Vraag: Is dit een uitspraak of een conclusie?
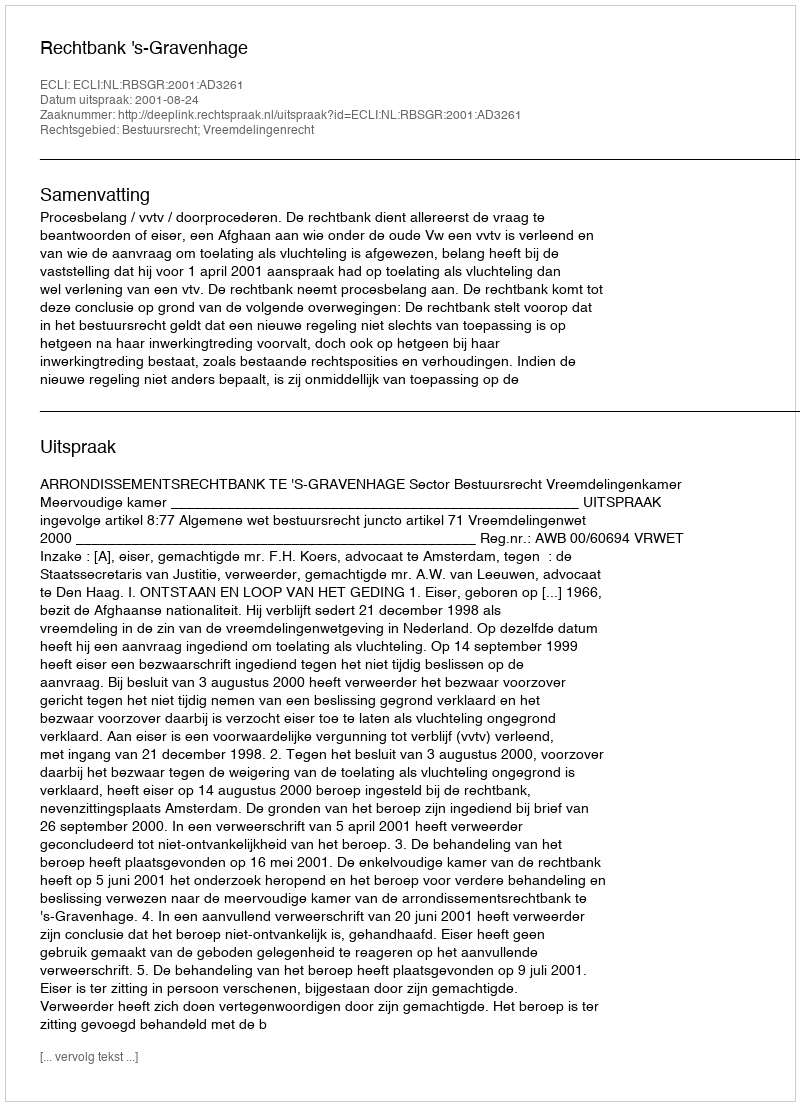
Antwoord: Uitspraak